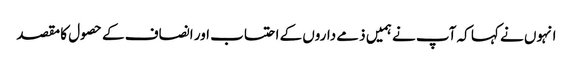
انہوں نے کہا کہ آپ نے ہمیں ذمے داروں کے احتساب اور انصاف کے حصول کا مقصد